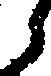
う